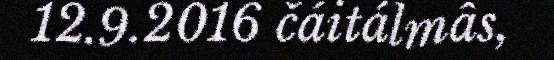
12.9.2016 čáitálmâs,